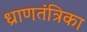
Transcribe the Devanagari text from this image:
ध्राणतंत्रिका